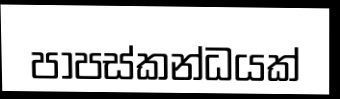
පාපස්කන්ධයක්